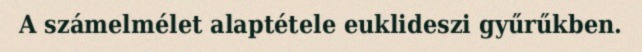
A számelmélet alaptétele euklideszi gyűrűkben.